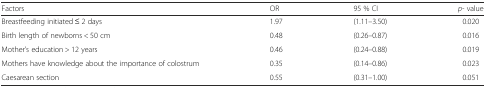
| Factors | OR | 95 % CI | p- value |
 | --- | --- | --- | --- |
 | Breastfeeding initiated ≤ 2 days | 1.97 | (1.11–3.50) | 0.020 |
 | Birth length of newborns < 50 cm | 0.48 | (0.26–0.87) | 0.016 |
 | Mother’s education > 12 years | 0.46 | (0.24–0.88) | 0.019 |
 | Mothers have knowledge about the importance of colostrum | 0.35 | (0.14–0.86) | 0.023 |
 | Caesarean section | 0.55 | (0.31–1.00) | 0.051 |